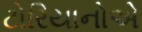
ટોરિયાનોએ